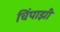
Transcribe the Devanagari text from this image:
चिंपाझी